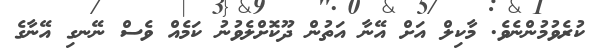
ކުރެވުމުންނެވެ. މާކިލް އަށް އޭނާ އަތުން ދޫކޮށްލެވުނު ކަމެއް ވެސް ނޭނގި އޭނާގެ